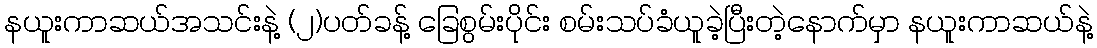
နယူးကာဆယ်အသင်းနဲ့ (၂)ပတ်ခန့် ခြေစွမ်းပိုင်း စမ်းသပ်ခံယူခဲ့ပြီးတဲ့နောက်မှာ နယူးကာဆယ်နဲ့